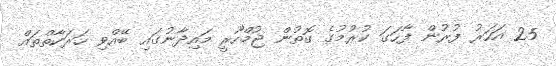
25 އަހަރު ފުރުން ފާހަގަ ކުރުމުގެ ގޮތުން ޖުމްހޫރީ މައިދާނުގައި ބޭއްވި ހަރަކާތްތައް